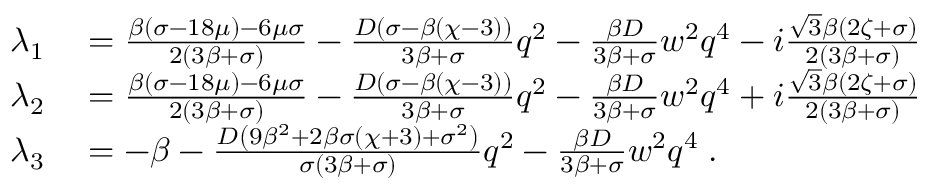
\begin{array} { r l } { \lambda _ { 1 } } & { { } = \frac { \beta ( \sigma - 1 8 \mu ) - 6 \mu \sigma } { 2 ( 3 \beta + \sigma ) } - \frac { D ( \sigma - \beta ( \chi - 3 ) ) } { 3 \beta + \sigma } q ^ { 2 } - \frac { \beta D } { 3 \beta + \sigma } w ^ { 2 } q ^ { 4 } - i \frac { \sqrt { 3 } \beta ( 2 \zeta + \sigma ) } { 2 ( 3 \beta + \sigma ) } } \\ { \lambda _ { 2 } } & { { } = \frac { \beta ( \sigma - 1 8 \mu ) - 6 \mu \sigma } { 2 ( 3 \beta + \sigma ) } - \frac { D ( \sigma - \beta ( \chi - 3 ) ) } { 3 \beta + \sigma } q ^ { 2 } - \frac { \beta D } { 3 \beta + \sigma } w ^ { 2 } q ^ { 4 } + i \frac { \sqrt { 3 } \beta ( 2 \zeta + \sigma ) } { 2 ( 3 \beta + \sigma ) } } \\ { \lambda _ { 3 } } & { { } = - \beta - \frac { D \left( 9 \beta ^ { 2 } + 2 \beta \sigma ( \chi + 3 ) + \sigma ^ { 2 } \right) } { \sigma ( 3 \beta + \sigma ) } q ^ { 2 } - \frac { \beta D } { 3 \beta + \sigma } w ^ { 2 } q ^ { 4 } \; . } \end{array}